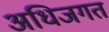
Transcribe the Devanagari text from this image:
अधिजगत